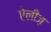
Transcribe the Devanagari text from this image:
ऐलीज़